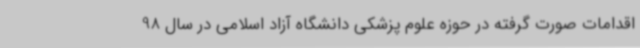
اقدامات صورت گرفته در حوزه علوم پزشکی دانشگاه آزاد اسلامی در سال 98